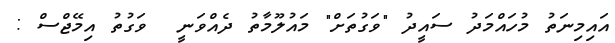
އައިމިނަތު މުހައްމަދު ސައީދު "ވަގުތަށް" މައުލޫމާތު ދެއްވަނީ  ވަގުތު އިމޭޖްސް :